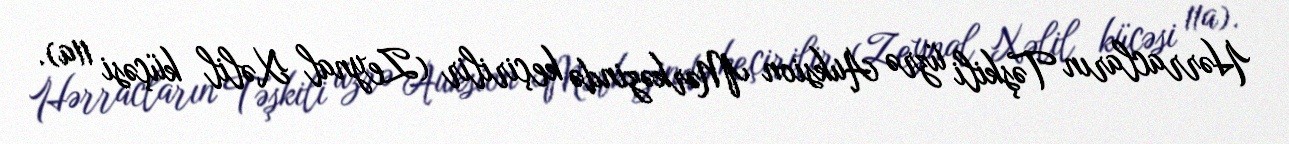
Hərracların Təşkili üzrə Auksion Mərkəzində keçirilir (Zeynal Xəlil küçəsi 11a).